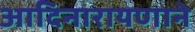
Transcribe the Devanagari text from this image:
आदिनारायणाने